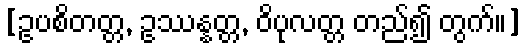
[ဥပစိတတ္တ, ဥဿန္နတ္တ, ဝိပုလတ္တ တည်၍ တွက်။]